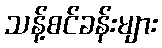
သန့်စင်ခန်းများ